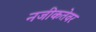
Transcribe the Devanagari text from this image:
नजीकतेवर